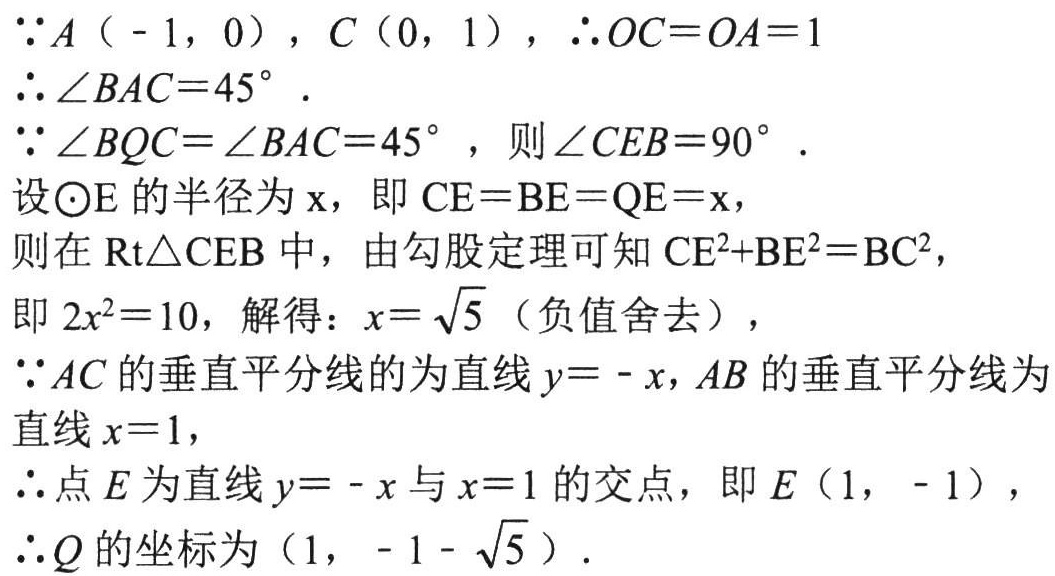
\(\because A(-1,0),C(0,1),\therefore OC = OA = 1\)
\(\therefore \angle BAC = 45^{\circ}\)
\(\because \angle BQC=\angle BAC = 45^{\circ}\), 则\(\angle CEB = 90^{\circ}\)
设\(\odot E\)的半径为\(x\), 即\(CE = BE = QE = x\),
则在\(Rt\triangle CEB\)中，由勾股定理可知\(CE^{2}+BE^{2}=BC^{2}\),
即\(2x^{2}=10\), 解得：\(x = \sqrt{5}\)（负值舍去），
\(\because AC\)的垂直平分线的为直线\(y=-x\), \(AB\)的垂直平分线为直线\(x = 1\),
\(\therefore\)点\(E\)为直线\(y=-x\)与\(x = 1\)的交点，即\(E(1,-1)\)，
\(\therefore Q\)的坐标为\((1,-1-\sqrt{5})\).